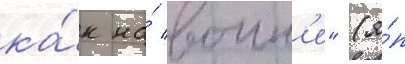
ка́к на́ воин'е" (я́п